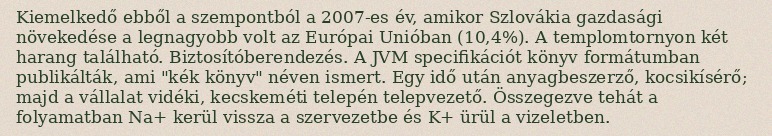
Kiemelkedő ebből a szempontból a 2007-es év, amikor Szlovákia gazdasági növekedése a legnagyobb volt az Európai Unióban (10,4%). A templomtornyon két harang található. Biztosítóberendezés. A JVM specifikációt könyv formátumban publikálták, ami "kék könyv" néven ismert. Egy idő után anyagbeszerző, kocsikísérő; majd a vállalat vidéki, kecskeméti telepén telepvezető. Összegezve tehát a folyamatban Na+ kerül vissza a szervezetbe és K+ ürül a vizeletben.